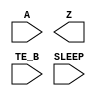
/**
 * Copyright 2020 The SkyWater PDK Authors
 *
 * Licensed under the Apache License, Version 2.0 (the "License");
 * you may not use this file except in compliance with the License.
 * You may obtain a copy of the License at
 *
 *     https://www.apache.org/licenses/LICENSE-2.0
 *
 * Unless required by applicable law or agreed to in writing, software
 * distributed under the License is distributed on an "AS IS" BASIS,
 * WITHOUT WARRANTIES OR CONDITIONS OF ANY KIND, either express or implied.
 * See the License for the specific language governing permissions and
 * limitations under the License.
 *
 * SPDX-License-Identifier: Apache-2.0
 */

`ifndef SKY130_FD_SC_LP__BUSDRIVERNOVLPSLEEP_SYMBOL_V
`define SKY130_FD_SC_LP__BUSDRIVERNOVLPSLEEP_SYMBOL_V

/**
 * busdrivernovlpsleep: Bus driver, enable gates pulldown only,
 *                      non-inverted sleep input (on kapwr rail).
 *
 * Verilog stub (without power pins) for graphical symbol definition
 * generation.
 *
 * WARNING: This file is autogenerated, do not modify directly!
 */

`timescale 1ns / 1ps
`default_nettype none

(* blackbox *)
module sky130_fd_sc_lp__busdrivernovlpsleep (
    //# {{data|Data Signals}}
    input  A    ,
    output Z    ,

    //# {{control|Control Signals}}
    input  TE_B ,

    //# {{power|Power}}
    input  SLEEP
);

    // Voltage supply signals
    supply1 VPWR ;
    supply0 VGND ;
    supply1 KAPWR;
    supply1 VPB  ;
    supply0 VNB  ;

endmodule

`default_nettype wire
`endif  // SKY130_FD_SC_LP__BUSDRIVERNOVLPSLEEP_SYMBOL_V